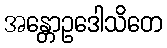
အန္တောဥဒေါသိတေ